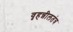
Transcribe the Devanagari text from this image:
वृहन्नीलतंत्र